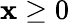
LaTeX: \mathbf{x}\geq0